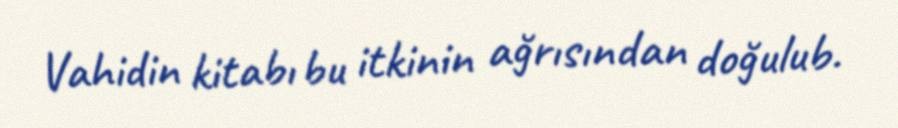
Vahidin kitabı bu itkinin ağrısından doğulub.